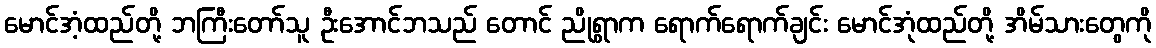
မောင်အံ့ထည်တို့ ဘကြီးတော်သူ ဦးအောင်ဘသည် တောင် ညိုရွာက ရောက်ရောက်ချင်း မောင်အုံထည်တို့ အိမ်သားတွေကို